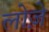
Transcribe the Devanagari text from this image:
लोज़े